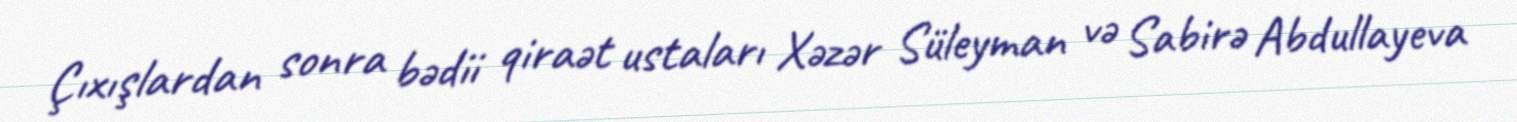
Çıxışlardan sonra bədii qiraət ustaları Xəzər Süleyman və Sabirə Abdullayeva